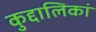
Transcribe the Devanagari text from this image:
कुद्दालिकां